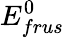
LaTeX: E_{frus}^{0}